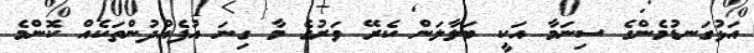
އަޅުގަނޑުމެންގެ ސިނަމާ އަކީ ބަލާލަން ކެރޭ ވަރުގެ މާ ގިނަ އުފެއްދުންތަކެއް ކޮންމެ